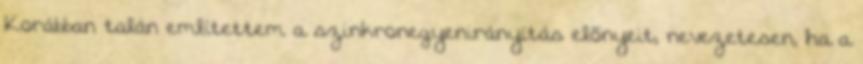
Korábban talán említettem a szinkronegyenirányítás elõnyeit, nevezetesen, ha a